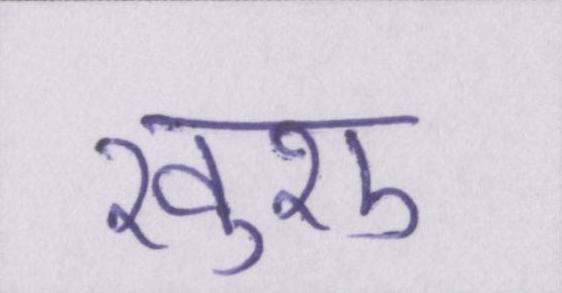
खुशु